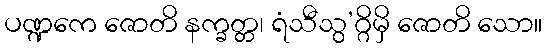
ပဏ္ဍကေ ဇောတိ နက္ခတ္တ၊ ရံသီသွ’ဂ္ဂိမှိ ဇောတိ သော။